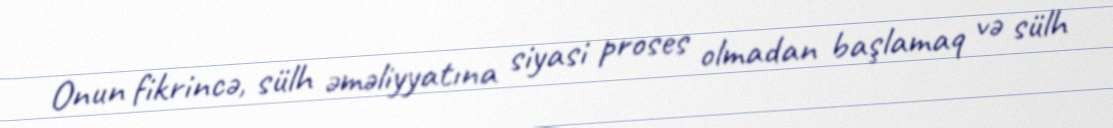
Onun fikrincə, sülh əməliyyatına siyasi proses olmadan başlamaq və sülh